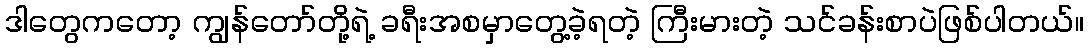
ဒါတွေကတော့ ကျွန်တော်တို့ရဲ့ ခရီးအစမှာတွေ့ခဲ့ရတဲ့ ကြီးမားတဲ့ သင်ခန်းစာပဲဖြစ်ပါတယ်။